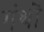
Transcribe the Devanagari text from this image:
गंथों